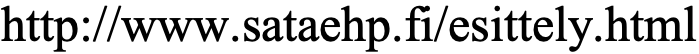
http://www.sataehp.fi/esittely.html